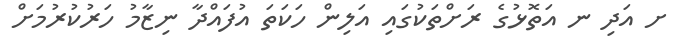
ށ އަދި ނ އަތޮޅުގެ ރަށްތަކުގައި އަލިން ހަކަތަ އުފައްދާ ނިޒާމު ހަރުކުރުމަށް